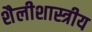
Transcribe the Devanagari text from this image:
शैलीशास्त्रीय